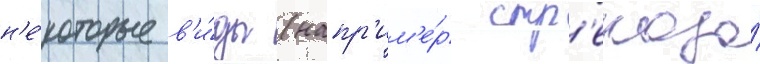
н'е́которые в'и́ды (напр'им'е́р стр'екоза́